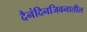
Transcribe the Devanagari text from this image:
दैनंदिनजिवनातील